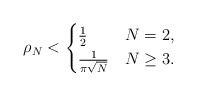
\begin{align*}\rho_N<\begin{cases} \frac{1}{2}&N=2,\\\frac{1}{\pi\sqrt{N}}&N\geq 3.\end{cases}\end{align*}